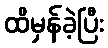
ထိမှန်ခဲ့ပြီး